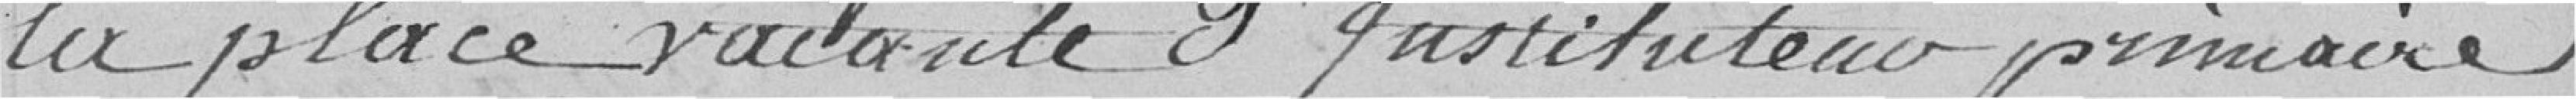
la place vacante d'instituteur primaire